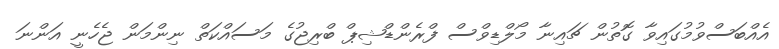
އެއްބަސްވުމުގައިވާ ގޮތުން ޗައިނާ މޯލްޑިވްސް ފްރެންޑްޝިޕް ބްރިޖުގެ މަސައްކަތް ނިންމަން ޖެހެނީ އަންނަ